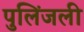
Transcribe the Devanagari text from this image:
पुलिंजली